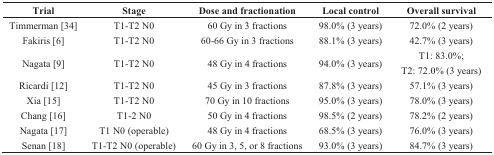
| Trial | Stage | Dose and fractionation | Local control | Overall survival |
 | --- | --- | --- | --- | --- |
 | Timmerman [34] | T1-T2 N0 | 60 Gy in 3 fractions | 98.0% (3 years) | 72.0% (2 years) |
 | Fakiris [6] | T1-T2 N0 | 60-66 Gy in 3 fractions | 88.1% (3 years) | 42.7% (3 years) |
 | Nagata [9] | T1-T2 N0 | 48 Gy in 4 fractions | 94.0% (3 years) | T1: 83.0%;T2: 72.0% (3 years) |
 | Ricardi [12] | T1-T2 N0 | 45 Gy in 3 fractions | 87.8% (3 years) | 57.1% (3 years) |
 | Xia [15] | T1-T2 N0 | 70 Gy in 10 fractions | 95.0% (3 years) | 78.0% (3 years) |
 | Chang [16] | T1-2 N0 | 50 Gy in 4 fractions | 98.5% (2 years) | 78.2% (2 years) |
 | Nagata [17] | T1 N0 (operable) | 48 Gy in 4 fractions | 68.5% (3 years) | 76.0% (3 years) |
 | Senan [18] | T1-T2 N0 (operable) | 60 Gy in 3, 5, or 8 fractions | 93.0% (3 years) | 84.7% (3 years) |